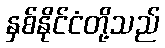
နှစ်နိုင်ငံတို့သည်